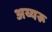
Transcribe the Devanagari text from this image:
अय्यरू